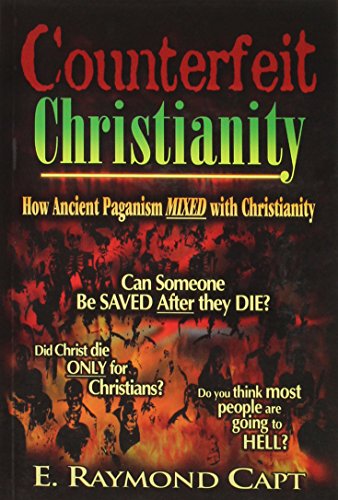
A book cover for Counterfeit Christianity - How Ancient Paganism Mixed with Christianity; E. Raymond Capt; Religion & Spirituality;